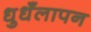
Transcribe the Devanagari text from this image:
धुधँलापन